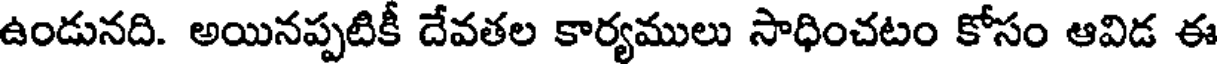
ఉండునది. అయినప్పటికీ దేవతల కార్యములు సాధించటం కోసం ఆవిడ ఈ